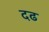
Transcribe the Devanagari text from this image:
दढ